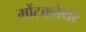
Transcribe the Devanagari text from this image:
मोंटक्लेयर